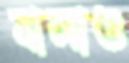
বালাও